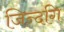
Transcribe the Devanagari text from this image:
जिन्दगि